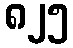
၈၂၅